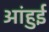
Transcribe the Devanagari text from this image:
आंहुई